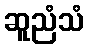
ဆူညံသံ